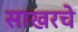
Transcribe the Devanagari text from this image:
साखरचे